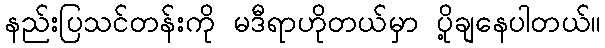
နည်းပြသင်တန်းကို မဒီရာဟိုတယ်မှာ ပို့ချနေပါတယ်။